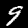
Label: 9